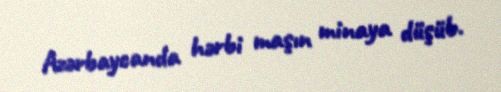
Azərbaycanda hərbi maşın minaya düşüb.